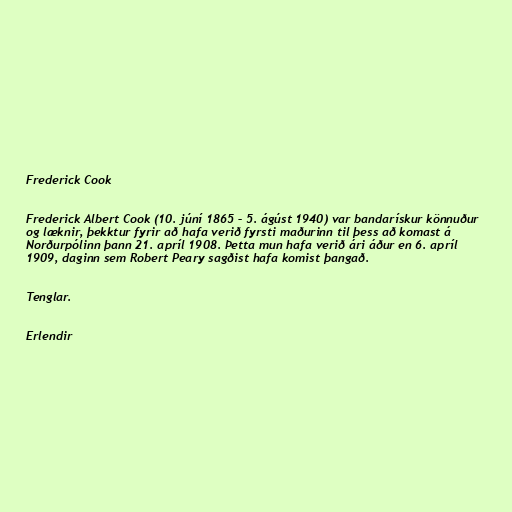
Frederick Cook

Frederick Albert Cook (10. júní 1865 – 5. ágúst 1940) var bandarískur könnuður
og læknir, þekktur fyrir að hafa verið fyrsti maðurinn til þess að komast á
Norðurpólinn þann 21. apríl 1908. Þetta mun hafa verið ári áður en 6. apríl
1909, daginn sem Robert Peary sagðist hafa komist þangað.

Tenglar.

Erlendir